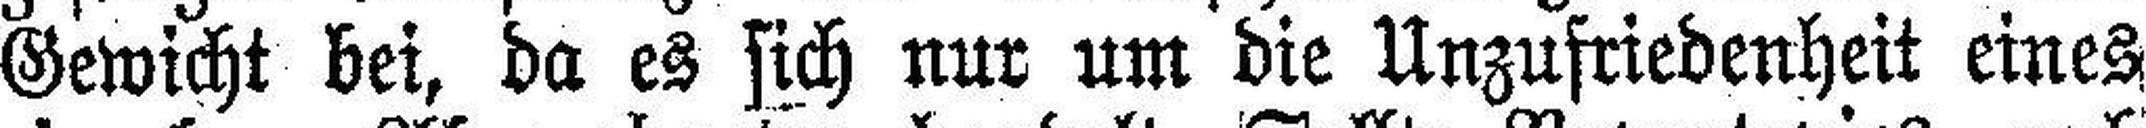
Gewicht bei, da es sich nur um die Unzufriedenheit eines